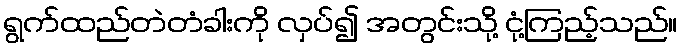
ရွက်ထည်တဲတံခါးကို လှပ်၍ အတွင်းသို့ ငုံ့ကြည့်သည်။